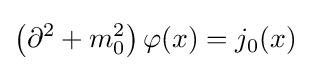
\left(\partial ^{2}+m_{0}^{2}\right)\varphi (x)=j_{0}(x)